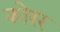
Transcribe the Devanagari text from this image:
कोरर